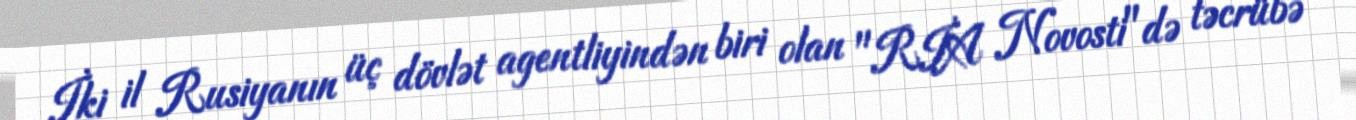
İki il Rusiyanın üç dövlət agentliyindən biri olan "RİA Novosti"də təcrübə